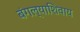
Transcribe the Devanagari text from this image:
बंगल्याशिवाय